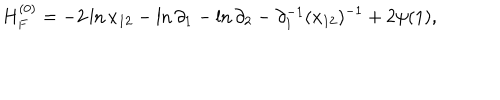
LaTeX: H _ { F } ^ { ( 0 ) } = - 2 \ln x _ { 1 2 } - \ln \partial _ { 1 } - \ln \partial _ { 2 } - \partial _ { 1 } ^ { - 1 } ( x _ { 1 2 } ) ^ { - 1 } + 2 \psi ( 1 ) ,